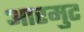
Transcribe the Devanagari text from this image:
आरमुट